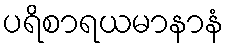
ပရိစာရယမာနာနံ